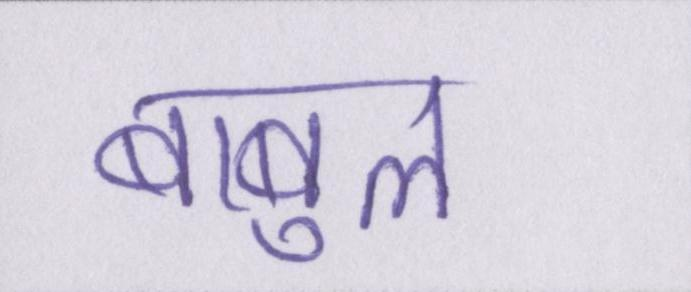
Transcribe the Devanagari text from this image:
बाबुल